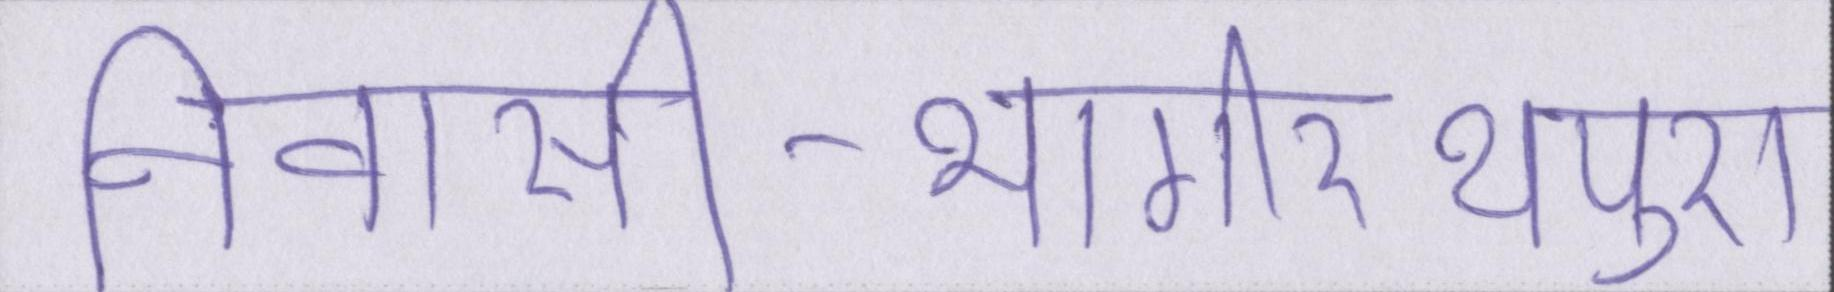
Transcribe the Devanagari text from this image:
निवासी-भागीरथपुरा